Report of the Hyderabad Chloroform Commission
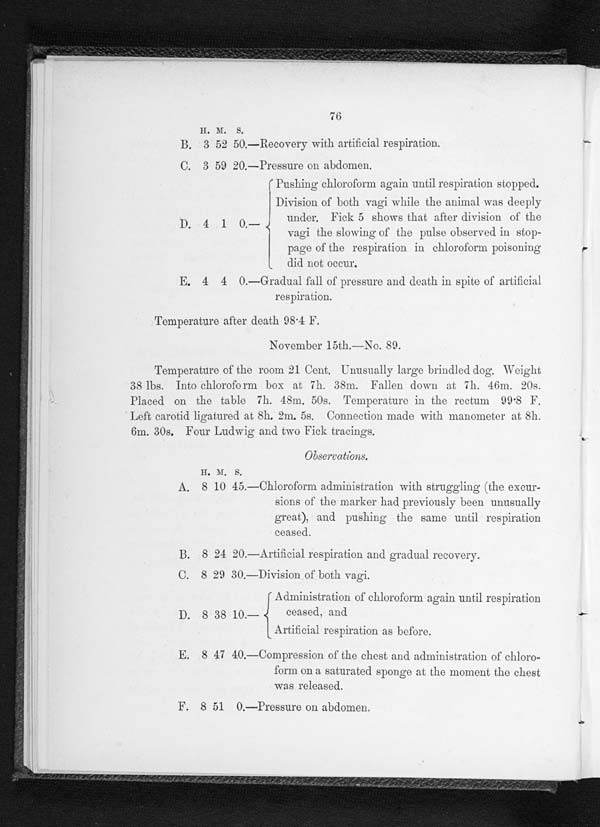
76
H . M . S .
B. 3 52 50.—Recovery with artificial respiration.
C . 3 5 9 2 0 . — P r e s s u r e o n a b d o m e n .
Pushing chloroform again until respiration stopp
e d .
D i v i s i o n o f b o t h v a g i w h i l e t h e a n i m a l w a s d e e p l y
under. Fick 5 shows that after division of the
D.4 1 0.— vagi the slowing of the pulse observed in stop-
page of the respiration in chloroform poisoning
did not occur.
E . 4 4 0 . — G r a d u a l f a l l o f p r e s s u r e a n d d e a t h i n s p i t e o f a r t i f i c i a l
respiration.
Temperature after death 98.4 F.
N o v e m b e r s 1 5 t h . — N o . 8 0 .
Temperature of the room 21 Cent. Unusually large brindled dog. Weight
38 lbs. Into chloroform box at 7h. 38m. Fallen clown at 7h. 46m. 20s.
Placed on the table 7h. 48m. 50s. Temperature in the rectum 99 .8 F.
Left carotid ligatured at 8h. 2m. 5s. Connection made with manometer at 8h.
6m. 30s. Four Ludwig and two Fick tracings.
Observations. H. M. S.
A. 8 10 45.—Chloroform administration with struggling (the excur-
sions of the marker had previously been unusually
great), and pushing the same until respiration
ceased.
B.
8 2 4 2 0 . — A r t i f i c i a l r e s p i r a t i o n a n d g r a d u a l r e c o v e r y .
C.
8 2 9 3 0 . — D i v i s i o n o f b o t h v a g i .
Administration of chloroform again until respiration
D. 8 38 10.—
ceased, and
Artificial respiration as before.
E. 8 47 40.—Compression of the chest and administration of chloro-
form on a saturated sponge at the moment the chest
was released.
F. 8 51 0.—Pressure on abdomen.